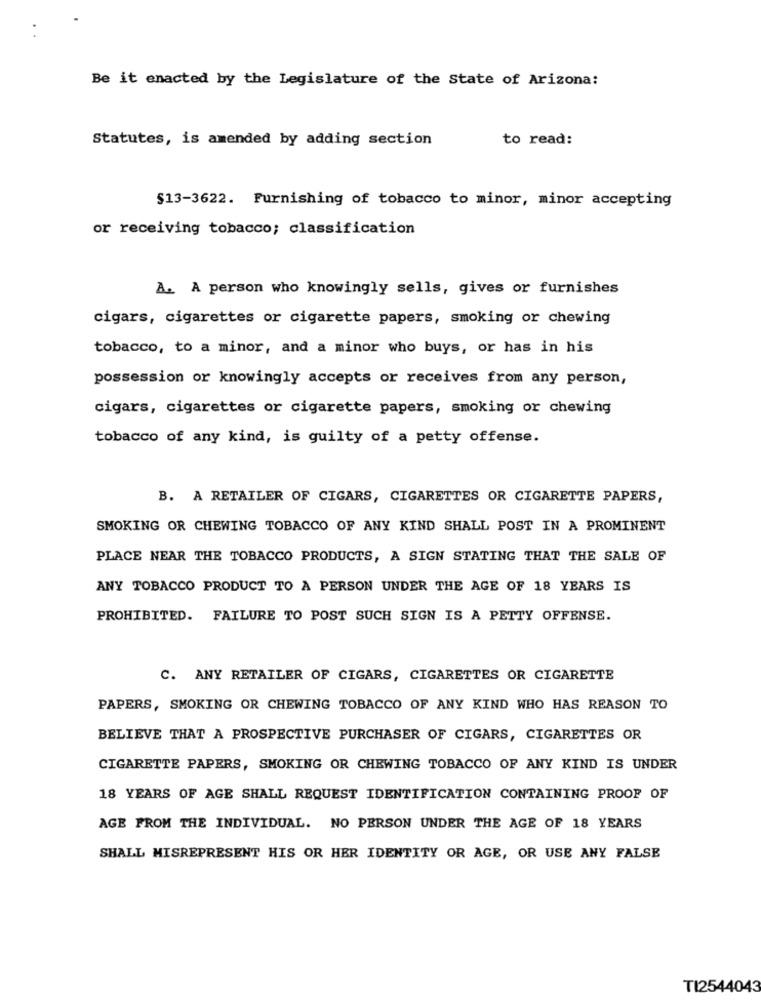
Be it enacted by the Legislature of the state of Arizona:
Statutes, is amended by adding section
to read:
$13-3622. Furnishing of tobacco to minor, minor accepting
or receiving tobacco; classification
A. A person who knowingly sells, gives or furnishes
cigars, cigarettes or cigarette papers, smoking or chewing
tobacco, to a minor, and a minor who buys, or has in his
possession or knowingly accepts or receives from any person,
cigars, cigarettes or cigarette papers, smoking or chewing
tobacco of any kind, is guilty of a petty offense.
B. A RETAILER OF CIGARS, CIGARETTES OR CIGARETTE PAPERS,
SMOKING OR CHEWING TOBACCO OF ANY KIND SHALL POST IN A PROMINENT
PLACE NEAR THE TOBACCO PRODUCTS, A SIGN STATING THAT THE SALE OF
ANY TOBACCO PRODUCT TO A PERSON UNDER THE AGE OF 18 YEARS IS
PROHIBITED. FAILURE TO POST SUCH SIGN IS A PETTY OFFENSE.
C. ANY RETAILER OF CIGARS, CIGARETTES OR CIGARETTE
PAPERS, SMOKING OR CHEWING TOBACCO OF ANY KIND WHO HAS REASON TO
BELIEVE THAT A PROSPECTIVE PURCHASER OF CIGARS, CIGARETTES OR
CIGARETTE PAPERS, SMOKING OR CHEWING TOBACCO OF ANY KIND IS UNDER
18 YEARS OF AGE SHALL REQUEST IDENTIFICATION CONTAINING PROOF OF
AGE FROM THE INDIVIDUAL. NO PERSON UNDER THE AGE OF 18 YEARS
SHALL MISREPRESENT HIS OR HER IDENTITY OR AGE, OR USE ANY FALSE
TI2544043